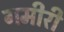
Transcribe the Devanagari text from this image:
गमीरी